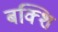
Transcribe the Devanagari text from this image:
बक्शि